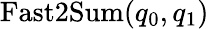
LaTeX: \mathrm{Fast2Sum}(q_{0},q_{1})